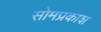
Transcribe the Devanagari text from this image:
सोमप्रकाश